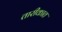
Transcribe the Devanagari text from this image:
तारीकात